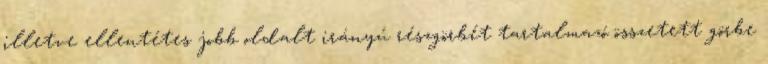
illetve ellentétes jobb oldalt irányú részgörbét tartalmazó összetett görbe